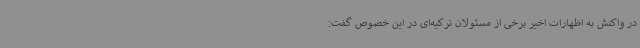
در واکنش به اظهارات اخیر برخی از مسئولان ترکیه‌ای در این خصوص گفت: